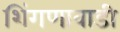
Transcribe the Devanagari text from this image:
शिंगणावाडी